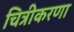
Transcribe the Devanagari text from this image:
चित्रीकरणा